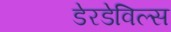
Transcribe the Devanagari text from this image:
डेरडेविल्स